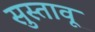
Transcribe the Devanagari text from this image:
सुस्तावू